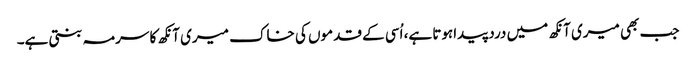
جب بھی میری آنکھ میں درد پیداہوتا ہے، اُسی کے قدموں کی خاک میری آنکھ کا سرمہ بنتی ہے۔